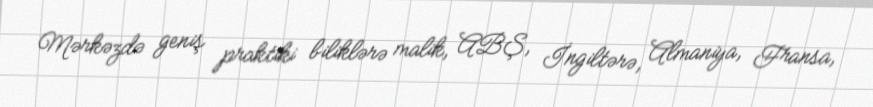
Mərkəzdə geniş praktiki biliklərə malik, ABŞ, İngiltərə, Almaniya, Fransa,